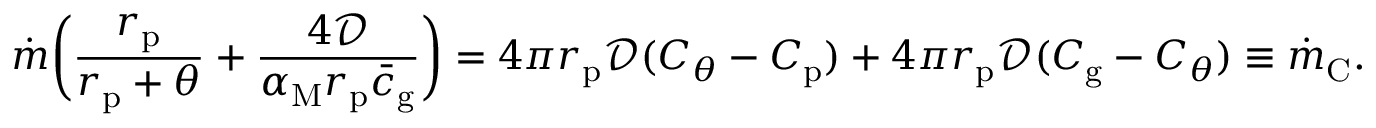
\dot { m } \bigg ( \frac { r _ { \mathrm { p } } } { r _ { \mathrm { p } } + \theta } + \frac { 4 \mathcal { D } } { \alpha _ { \mathrm { M } } r _ { \mathrm { p } } \bar { c } _ { \mathrm { g } } } \bigg ) = 4 \pi r _ { \mathrm { p } } \mathcal { D } ( C _ { \theta } - C _ { \mathrm { p } } ) + 4 \pi r _ { \mathrm { p } } \mathcal { D } ( C _ { \mathrm { g } } - C _ { \theta } ) \equiv \dot { m } _ { \mathrm { C } } .